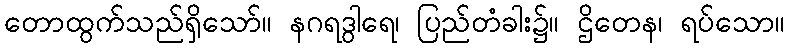
တောထွက်သည်ရှိသော်။ နဂရဒွါရေ၊ ပြည်တံခါး၌။ ဌိတေန၊ ရပ်သော။